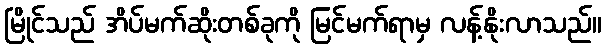
မြိုင်သည် အိပ်မက်ဆိုးတစ်ခုကို မြင်မက်ရာမှ လန့်နိုးလာသည်။